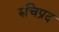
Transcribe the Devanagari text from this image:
रुचिप्रद